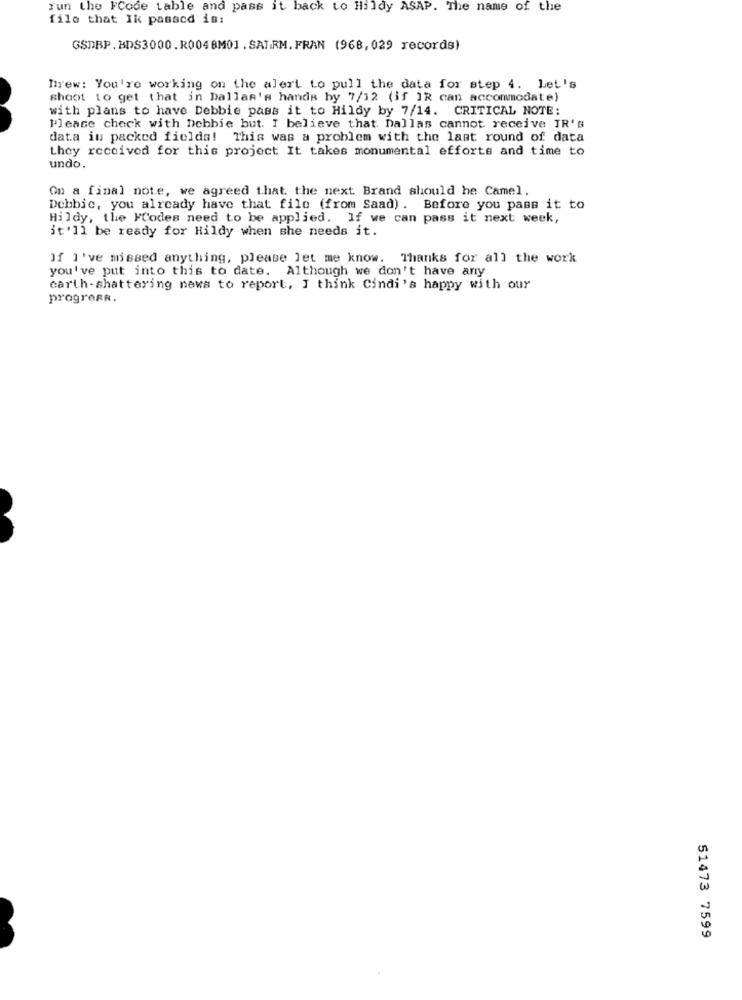
run the FCode table and pass it back to Hildy ASAP. The name of the
file that Ik passcd is:
GSDBP. BDS3000.R004 8M01 . SAT.RM. FRAN (968, 029 records)
Brew: You're working on the alert to pull the data for step 4. Let's
shoot to get that in Dallas's hands by 7/12 (if IR can accommodate)
with plans to have Debbie pass it to Hildy by 7/14. CRITICAL NOTE:
Please check with Debbie but. I believe that Dallas cannot receive JR's
data in packed fielda! This was a problem with the last round of data
they received for this project It takes monumental efforts and time to
undo.
On a final note, we agreed that the next Brand should he Camel.
Debbie, you already have that file (from Saad) . Before you pass it to
Hildy, the FCodes need to be applied. If we can pass it next week,
it'll be ready for Hildy when she needs it.
If I've missed anything, please let me know. Thanks for all the work
you've put into this to date. Although we don't have any
carth-shattering news to report, I think Cindi's happy with our
progress.
51473 7599